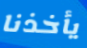
يأخذنا